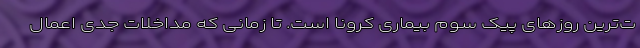
ت‌ترین روزهای پیک سوم بیماری کرونا است. تا زمانی که مداخلات جدی اعمال